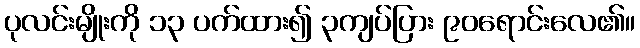
ပုလင်းမျိုးကို ၁၃ ပက်ထား၍ ၃ကျပ်ပြား ၉၀ရောင်းလေ၏။